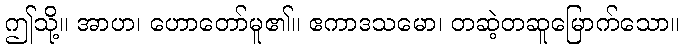
ဤသို့။ အာဟ၊ ဟောတော်မူ၏။ ဧကာဒသမော၊ တဆဲ့တဆူမြောက်သော။